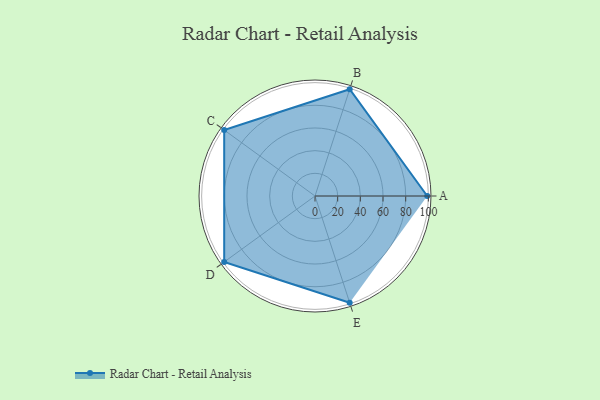
{"axis": {"x": "Skill", "y": "Score"}, "legend": ["Profile"], "data": [{"x": "A", "y": 99, "type": "Profile"}, {"x": "B", "y": 99, "type": "Profile"}, {"x": "C", "y": 99, "type": "Profile"}, {"x": "D", "y": 99, "type": "Profile"}, {"x": "E", "y": 99, "type": "Profile"}]}